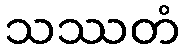
သဿတံ